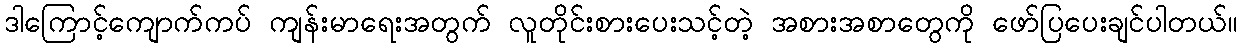
ဒါကြောင့်ကျောက်ကပ် ကျန်းမာရေးအတွက် လူတိုင်းစားပေးသင့်တဲ့ အစားအစာတွေကို ဖော်ပြပေးချင်ပါတယ်။